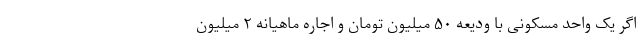
اگر یک واحد مسکونی با ودیعه ۵۰ میلیون تومان و اجاره ماهیانه ۲ میلیون